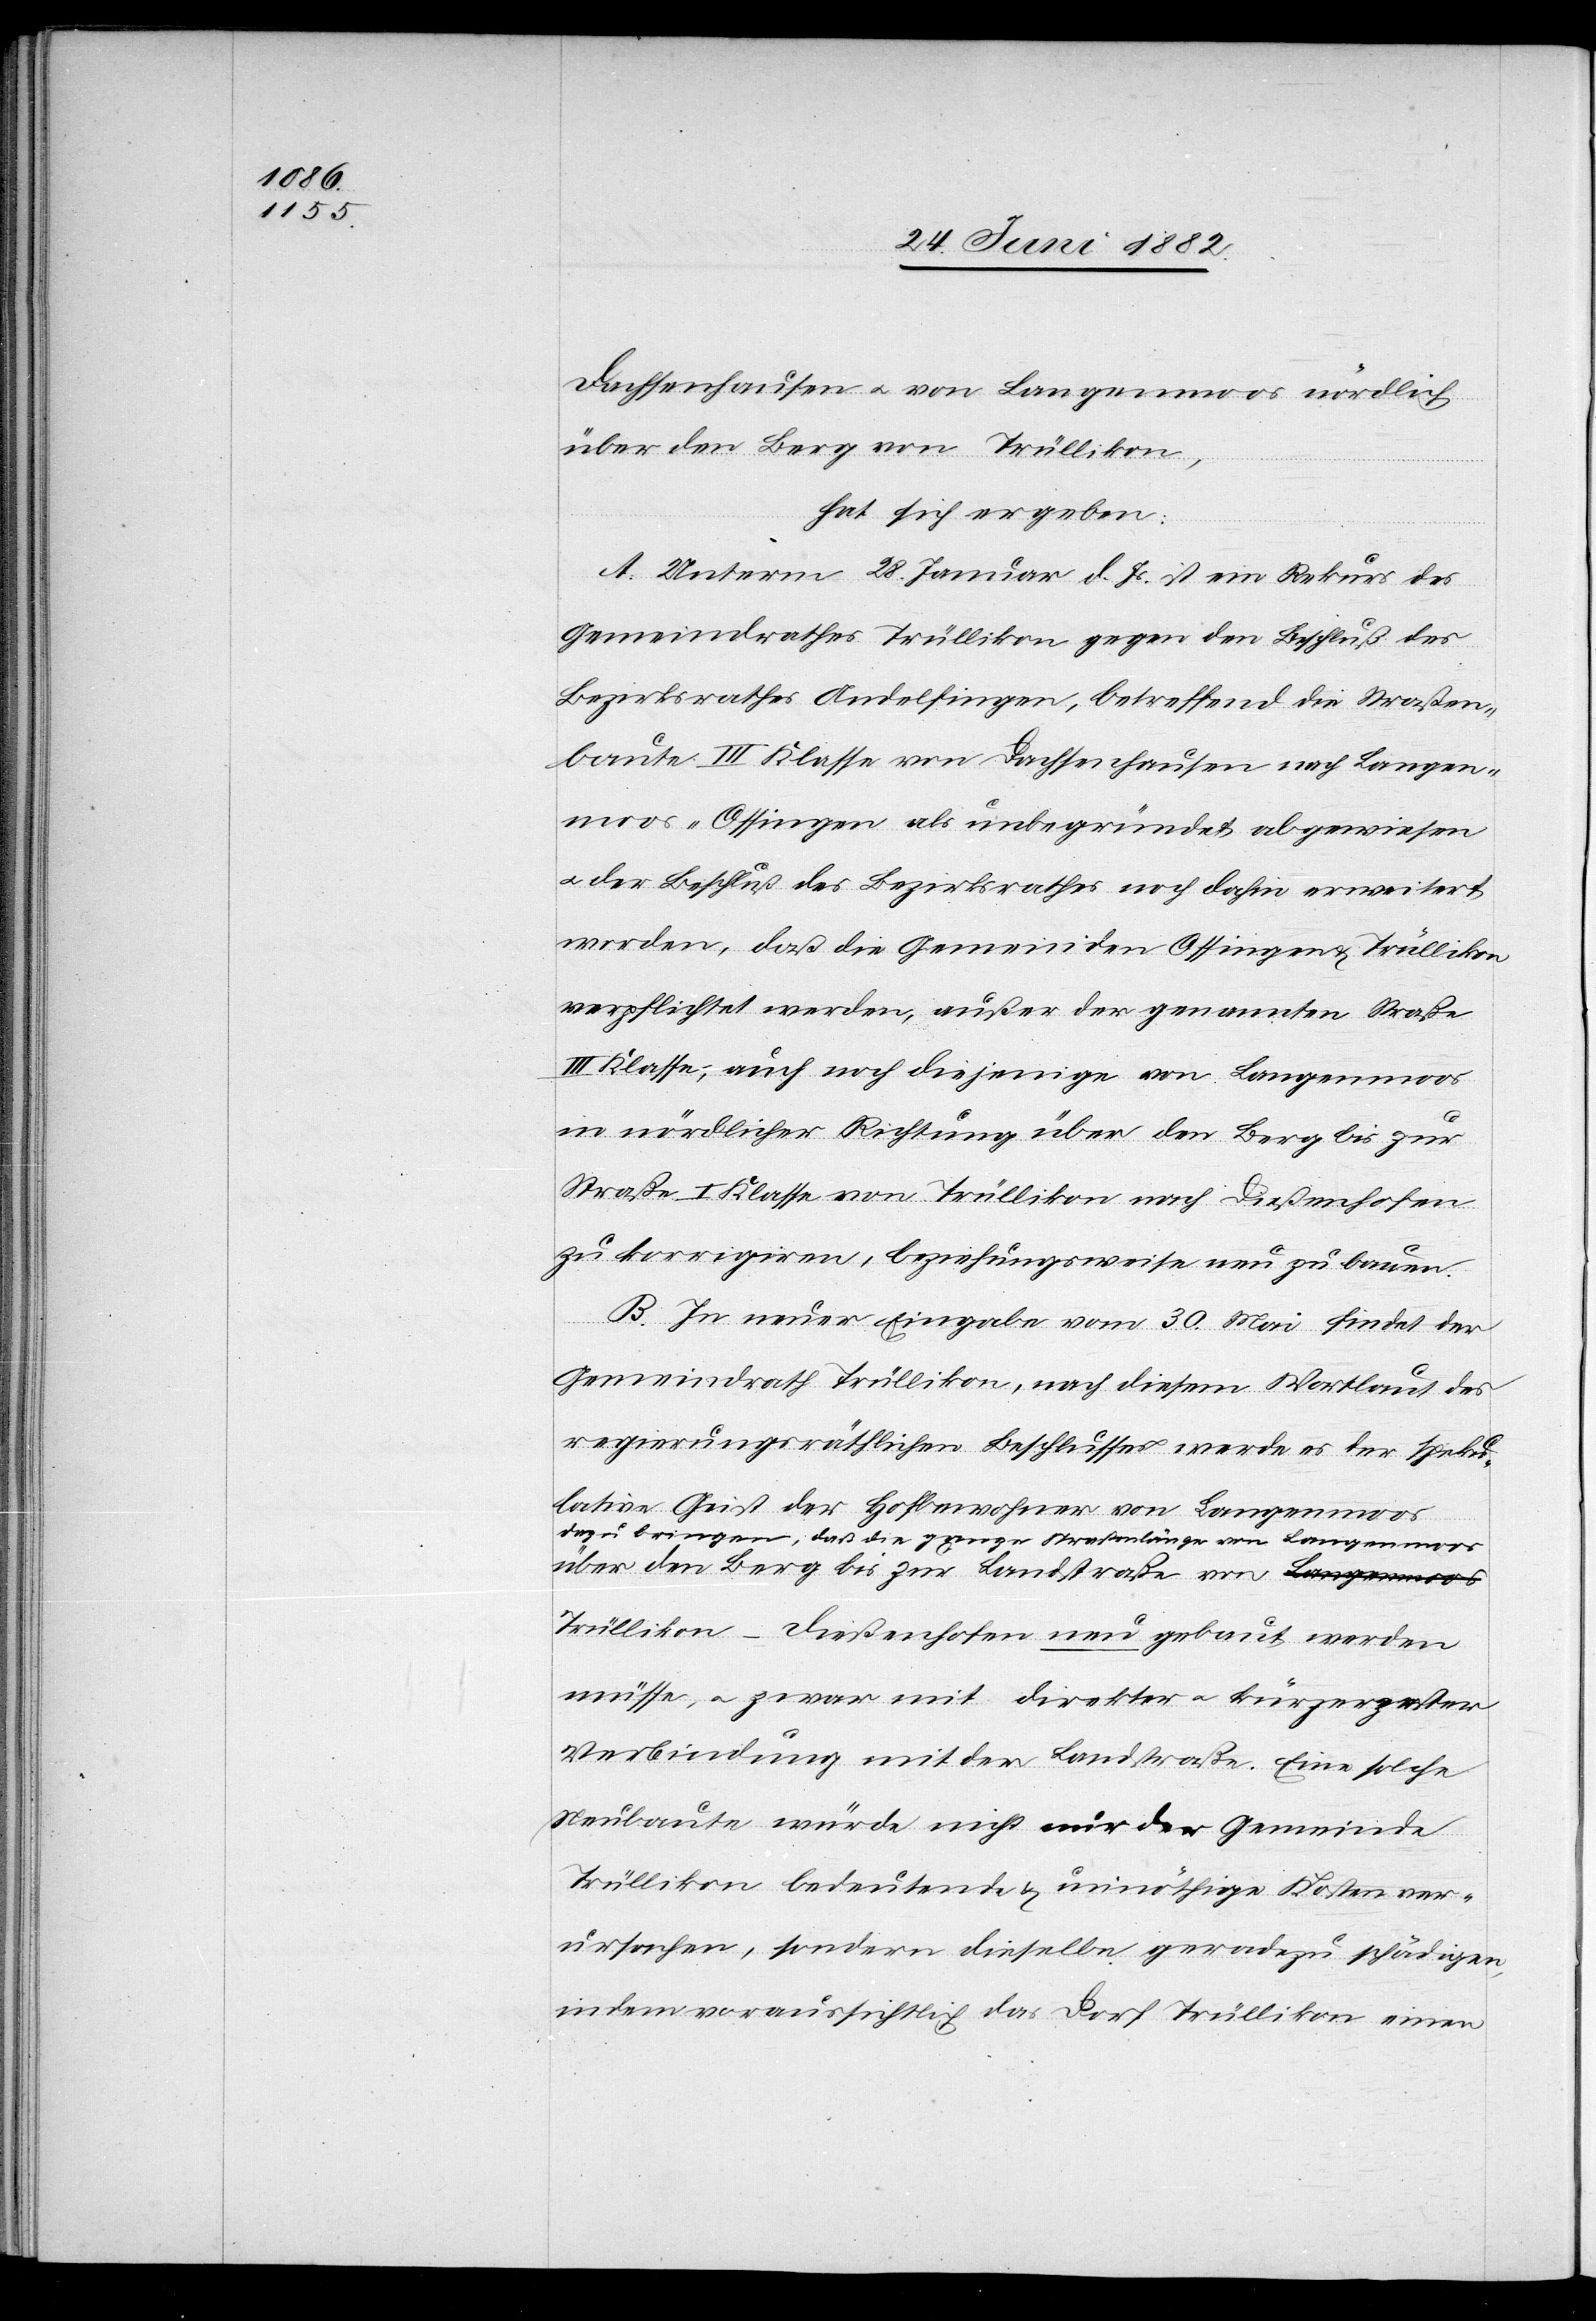
Dachsenhausen u. von Langenmoos nördlich
über den Berg von Trüllikon,
hat sich ergeben:
A. Unterm 28. Januar d. Js. ist ein Rekurs des
Gemeindrathes Trüllikon gegen den Beschluß des
Bezirksrathes Andelfingen, betreffend die Straßen¬
baute III. Klasse von Dachsenhausen nach Langen¬
moos - Ossingen als unbegründet abgewiesen
u. der Beschluß des Bezirksrathes noch dahin erweitert
worden, daß die Gemeinden Ossingen & Trüllikon
verpflichtet werden, außer der genannten Straße
III. Klasse, auch noch diejenige von Langenmoos
in nördlicher Richtung über den Berg bis zur
Straße I. Klasse von Trüllikon nach Dießenhofen
zu korrigiren, beziehungsweise neu zu bauen.
B. In neuer Eingabe vom 30. Mai findet der
Gemeindrath Trüllikon, nach diesem Wortlaut des
regierungsräthlichen Beschlusses werde es der speku¬
lative Geist der Hofbewohner von Langenmoos
dazu bringen, daß die ganze Straßenlänge von Langenmoos
über den Berg bis zur Landstraße von Tr¬
üllikon–Dießenhofen neu gebaut werden
müsse, u. zwar mit direkter u. kürzester
Verbindung mit der Landstraße. Eine solche
Neubaute würde nicht nur der Gemeinde
Trüllikon bedeutende & unnöthige Kosten ver¬
ursachen, sondern dieselbe geradezu schädigen,
indem voraussichtlich das Dorf Trüllikon einen